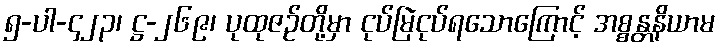
၅-ပါ-၄၂၃၊ ဋ္ဌ-၂၆၉၊ ပုထုဇဉ်တို့မှာ ငုပ်မြဲငုပ်ရသောကြောင့် အစ္စန္တနိယာမ